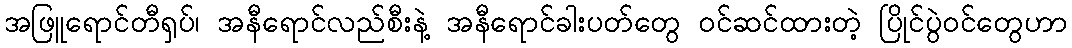
အဖြူရောင်တီရှပ်၊ အနီရောင်လည်စီးနဲ့ အနီရောင်ခါးပတ်တွေ ဝင်ဆင်ထားတဲ့ ပြိုင်ပွဲဝင်တွေဟာ